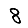
Digit: 8